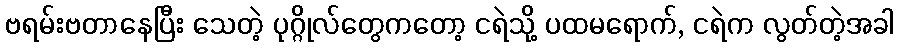
ဗရမ်းဗတာနေပြီး သေတဲ့ ပုဂ္ဂိုလ်တွေကတော့ ငရဲသို့ ပထမရောက်, ငရဲက လွတ်တဲ့အခါ